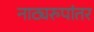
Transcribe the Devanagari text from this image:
नाट्यरुपांतर